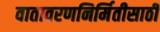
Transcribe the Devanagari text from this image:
वातावरणनिर्मितीसाठी